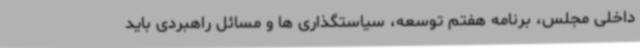
داخلی مجلس، برنامه هفتم توسعه، سیاستگذاری ها و مسائل راهبردی باید